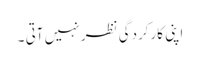
اپنی کارکردگی نظر نہیں آتی ۔